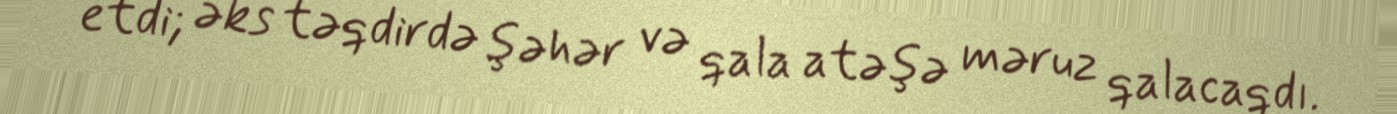
etdi; əks təqdirdə şəhər və qala atəşə məruz qalacaqdı.